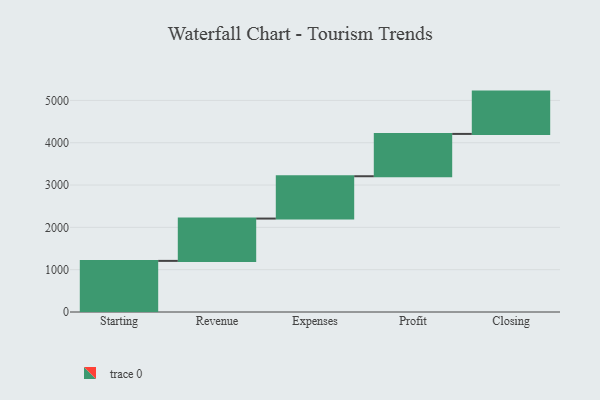
{"axis": {"x": "Step", "y": "Value"}, "legend": [""], "data": [{"x": "Starting", "y": 1208.0, "type": ""}, {"x": "Revenue", "y": 1000, "type": ""}, {"x": "Expenses", "y": 1000, "type": ""}, {"x": "Profit", "y": 1000, "type": ""}, {"x": "Closing", "y": 1000, "type": ""}]}